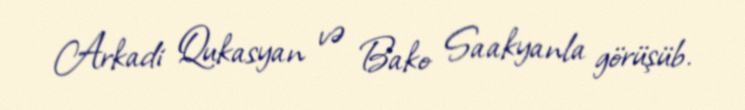
Arkadi Qukasyan və Bako Saakyanla görüşüb.